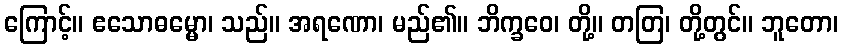
ကြောင့်။ ဧသောဓမ္မော၊ သည်။ အရဏော၊ မည်၏။ ဘိက္ခဝေ၊ တို့။ တတြ၊ တို့တွင်။ ဘူတော၊